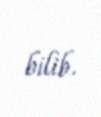
bilib.